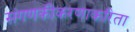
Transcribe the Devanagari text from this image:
संगणकीकरणाकरिता